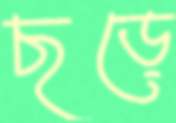
ছড়ে